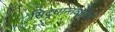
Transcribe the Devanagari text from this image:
सिद्धान्तवादियो